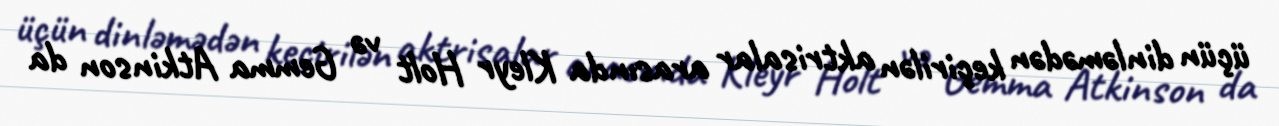
üçün dinləmədən keçirilən aktrisalar arasında Kleyr Holt və Gemma Atkinson da